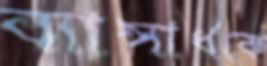
ব্যাসার্ধকে